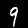
Digit: 9